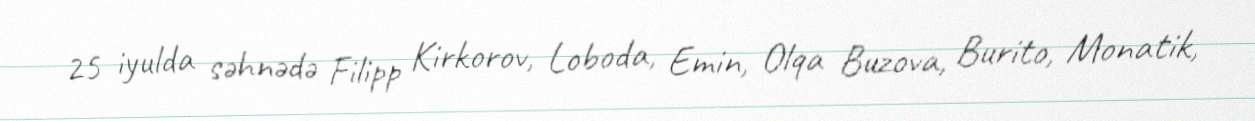
25 iyulda səhnədə Filipp Kirkorov, Loboda, Emin, Olqa Buzova, Burito, Monatik,